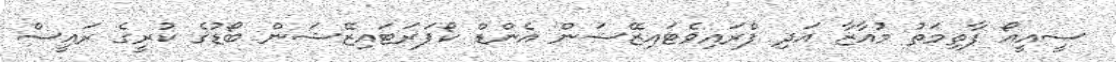
ސީއީއޯ ފާތިމަތު މުއާޒާ އަދި ޕްރައިވެޓައިޒޭޝަން އެންޑް ކޯޕަރަޓައިޒޭޝަން ބޯޑުގެ ކުރީގެ ރައީސް